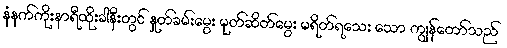
နံနက်ကိုးနာရီထိုးခါနီးတွင် နှုတ်ခမ်းမွေး မုတ်ဆိတ်မွေး မရိတ်ရသေး သော ကျွန်တော်သည်